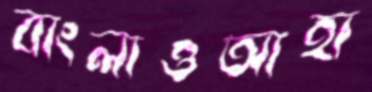
বাংলাওআহা